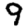
Digit: 9